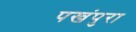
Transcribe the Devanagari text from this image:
पखंपुरा